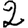
Digit: 2